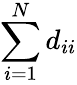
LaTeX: \sum_{i=1}^{N}d_{ii}